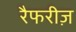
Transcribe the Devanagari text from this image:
रैफरीज़